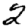
Digit: 2